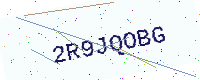
Text: 2R9JQOBG